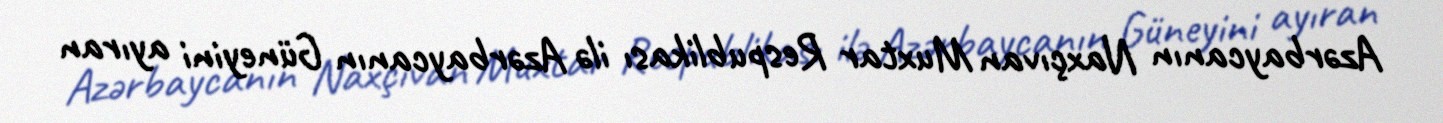
Azərbaycanın Naxçıvan Muxtar Respublikası ilə Azərbaycanın Güneyini ayıran